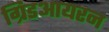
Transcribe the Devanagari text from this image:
ग्रिडआयरन